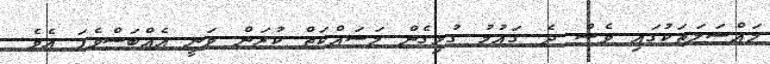
މައްސަލަތަކުގައި ވެސް ދެ ގައުމު ގުޅިގެން މަސައްކަތް ކުރަން ވަނީ އެއްބަސްވެފަ އެވެ.